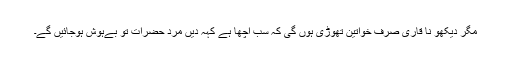
مگر دیکھو نا قاری صرف خواتین تھوڑی ہوں گی کہ سب اچھا ہے کہہ دیں مرد حضرات تو بےہوش ہوجائیں گے۔